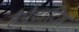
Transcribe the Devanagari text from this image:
हैपेटाटिस